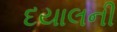
દયાલની